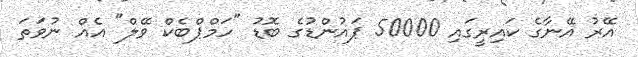
އޭރު އޭނާގެ ކައިރީގައި 50000 ޕައުންޑުގެ ބޮޑު "ހަމްޕްބެކް ވޭލް" އެއް ނުވަތަ